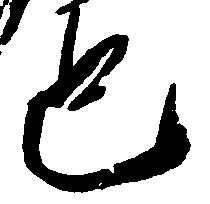
也